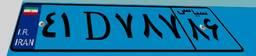
۴۱D۷۸۷۸۶